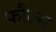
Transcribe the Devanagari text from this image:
फौल्स